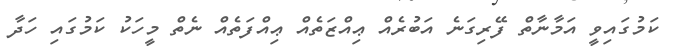
ކަމުގައިވީ އަމާނާތް ފޭރިގަނެ އަބުރެއް ޢިއްޒަތެއް ޢިއްފަތެއް ނެތް މީހަކު ކަމުގައި ހަދާ